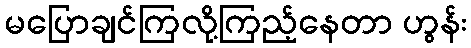
မပြောချင်ကြလို့ကြည့်နေတာ ဟွန်း